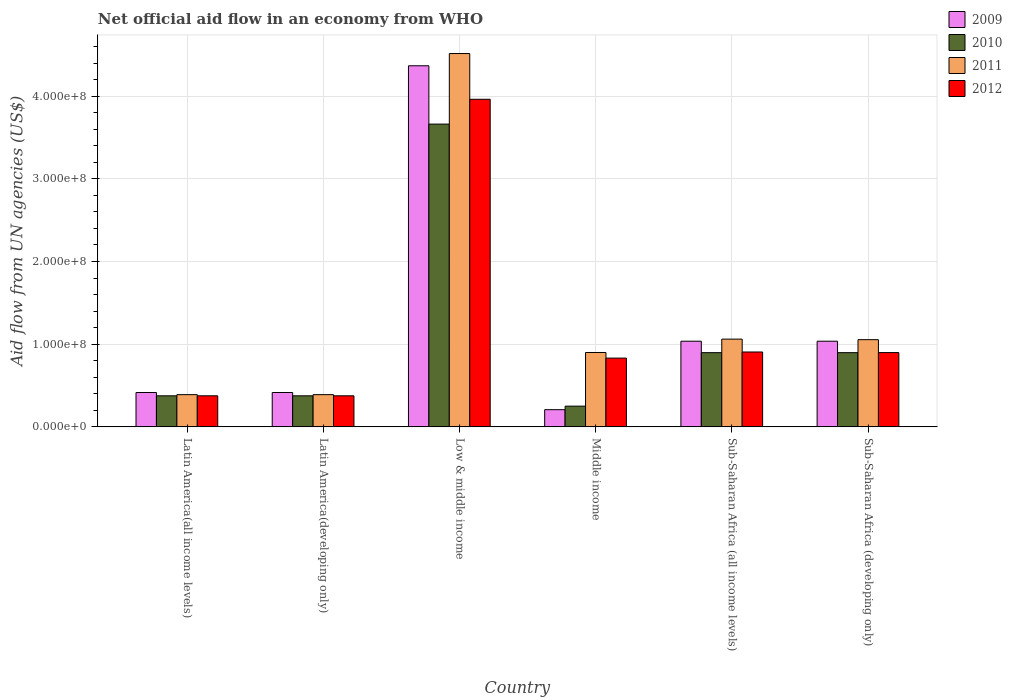
| Country | 2009 | 2010 | 2011 | 2012 |
 | --- | --- | --- | --- | --- |
 | Latin America(all income levels) | 4.16e+07 | 3.76e+07 | 3.9e+07 | 3.76e+07 |
 | Latin America(developing only) | 4.16e+07 | 3.76e+07 | 3.9e+07 | 3.76e+07 |
 | Low & middle income | 4.37e+08 | 3.66e+08 | 4.52e+08 | 3.96e+08 |
 | Middle income | 2.08e+07 | 2.51e+07 | 9e+07 | 8.32e+07 |
 | Sub-Saharan Africa (all income levels) | 1.04e+08 | 8.98e+07 | 1.06e+08 | 9.06e+07 |
 | Sub-Saharan Africa (developing only) | 1.04e+08 | 8.98e+07 | 1.05e+08 | 8.98e+07 |